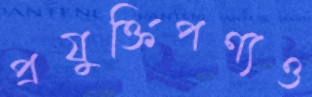
প্রযুক্তিপণ্যও